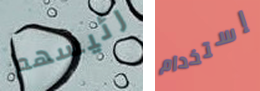
رئيسهم إستخدام